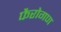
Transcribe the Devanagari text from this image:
फैरोगण